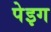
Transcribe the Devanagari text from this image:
पेइग